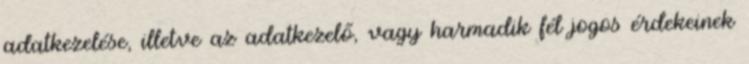
adatkezelése, illetve az adatkezelő, vagy harmadik fél jogos érdekeinek